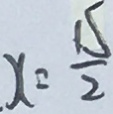
x = \frac { 1 5 } { 2 }